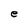
Character: e